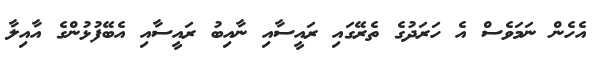
އެހެން ނަމަވެސް އެ ހަރަދުގެ ތެރޭގައި ރައީސާއި ނާއިބު ރައީސާއި އެބޭފުޅުންގެ އާއިލާ